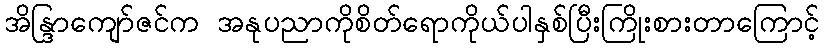
အိန္ဒြာကျော်ဇင်က အနုပညာကိုစိတ်ရောကိုယ်ပါနှစ်ပြီးကြိုးစားတာကြောင့်